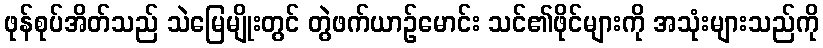
ဖုန်စုပ်အိတ်သည် သဲမြေမျိုးတွင် တွဲဖက်ယာဉ်မောင်း သင်၏ဖိုင်များကို အသုံးများသည်ကို